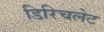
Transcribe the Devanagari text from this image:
डिरिचलेट